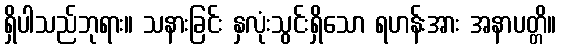
ရှိပါသည်ဘုရား။ သနားခြင်း နှလုံးသွင်းရှိသော ရဟန်းအား အနာပတ္တိ။